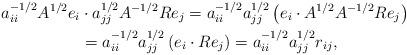
LaTeX: \begin{align*}a_{ii}^{-1/2}A^{1/2}e_i&\cdot a_{jj}^{1/2}A^{-1/2}Re_j = a_{ii}^{-1/2}a_{jj}^{1/2}\left(e_i\cdot A^{1/2}A^{-1/2}Re_j\right) \\ &= a_{ii}^{-1/2}a_{jj}^{1/2}\left(e_i\cdot Re_j\right) = a_{ii}^{-1/2}a_{jj}^{1/2}r_{ij},\end{align*}